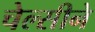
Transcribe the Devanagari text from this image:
चेल्सीने